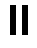
။